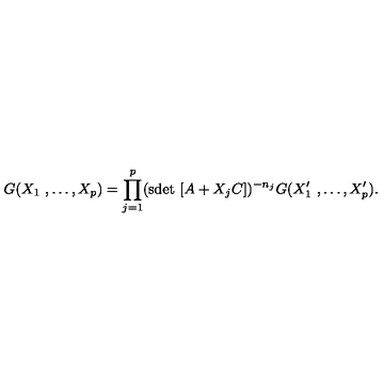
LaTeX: G ( X _ { 1 } \ , \dots , X _ { p } ) = \prod _ { j = 1 } ^ { p } ( \mathrm { s d e t } \ [ A + X _ { j } C ] ) ^ { - n _ { j } } G ( X _ { 1 } ^ { \prime } \ , \dots , X _ { p } ^ { \prime } ) .